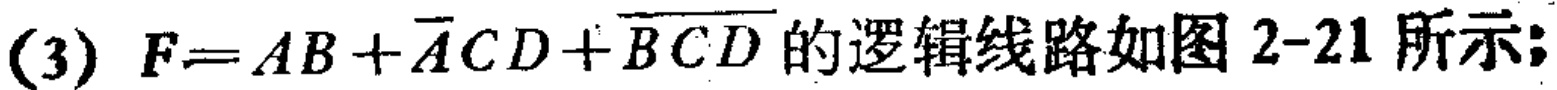
(3) \(F = AB+\overline{A}CD+\overline{BCD}\)的逻辑线路如图2-21所示;